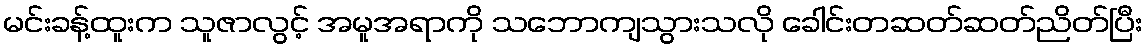
မင်းခန့်ထူးက သူဇာလွင့် အမူအရာကို သဘောကျသွားသလို ခေါင်းတဆတ်ဆတ်ညိတ်ပြီး